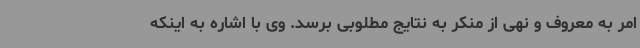
امر به معروف و نهی از منکر به نتایج مطلوبی برسد. وی با اشاره به اینکه